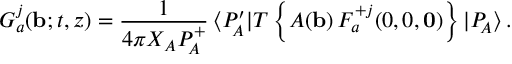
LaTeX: G _ { a } ^ { j } ( { \bf b } ; t , z ) = { \frac { 1 } { 4 \pi X _ { A } P _ { \! A } ^ { + } } } \, \langle P _ { \! A } ^ { \prime } | T \left\{ { \cal A } ( { \bf b } ) \, F _ { a } ^ { + j } ( 0 , 0 , { \bf 0 } ) \right\} | P _ { \! A } \rangle \, .